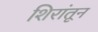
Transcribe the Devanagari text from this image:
शिरांतून